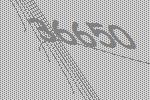
36650